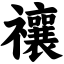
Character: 禳